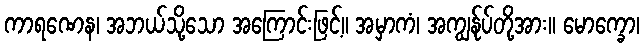
ကာရဏေန၊ အဘယ်သို့သော အကြောင်းဖြင့်။ အမှာကံ၊ အကျွန်ုပ်တို့အား။ မောက္ခော၊